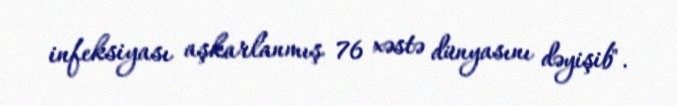
infeksiyası aşkarlanmış 76 xəstə dünyasını dəyişib".